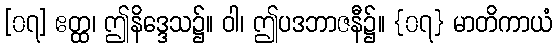
[၀၇] ဧတ္ထ၊ ဤနိဒ္ဒေသ၌။ ဝါ၊ ဤပဒဘာဇနီ၌။ {၀၇} မာတိကာယံ